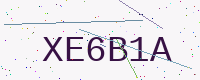
Text: XE6B1A